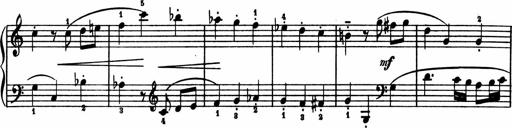
Title: 2 Sonatinen
Composer: Lambertus Adrianus van Tetterode